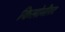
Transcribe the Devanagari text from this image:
किलोमीरट